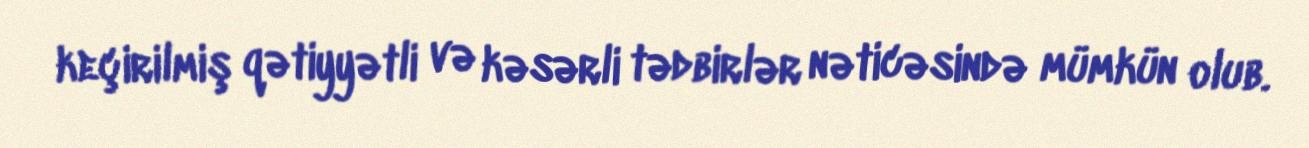
keçirilmiş qətiyyətli və kəsərli tədbirlər nəticəsində mümkün olub.